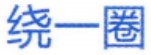
绕一圈